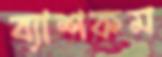
ব্যাশকম